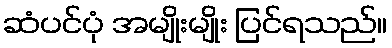
ဆံပင်ပုံ အမျိုးမျိုး ပြင်ရသည်။